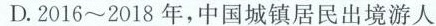
16~2018年，中国城镇居民出境游人